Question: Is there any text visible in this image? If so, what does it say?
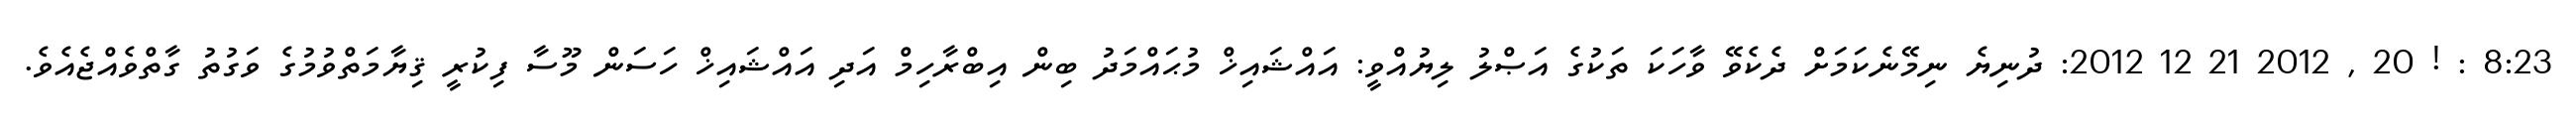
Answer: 8:23 : ! 20 , 2012 21 12 2012: ދުނިޔެ ނިމޭނެކަމަށް ދެކެވޭ ވާހަކަ ތަކުގެ އަޞްލު ލިޔުއްވީ: އައްޝައިޚް މުޙައްމަދު ބިން އިބްރާހިމް އަދި އައްޝައިޚް ހަސަން މޫސާ ފިކުރީ ޤިޔާމަތްވުމުގެ ވަގުތު ގާތްވެއްޖެއެވެ.